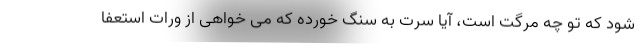
شود که تو چه مرگت است، آیا سرت به سنگ خورده که می خواهی از ورات استعفا